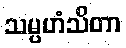
သမ္ပဟံသိတာ